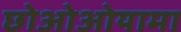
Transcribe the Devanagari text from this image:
छोओओयामा